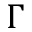
\Gamma